Vaccine operations Central Provinces 1868-1885 - 1868-1885
Year: 1868
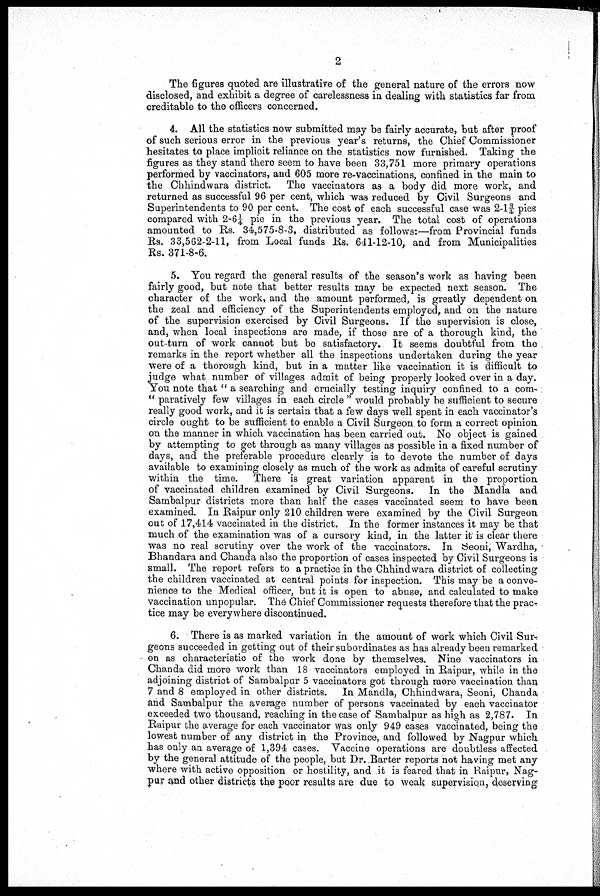
2
The figures quoted are illustrative of the general nature of the errors now
disclosed, and exhibit a degree of carelessness in dealing with statistics far from
creditable to the officers concerned.
4. All the statistics now submitted may be fairly accurate, but after proof
of such serious error in the previous year's returns, the Chief Commissioner
hesitates to place implicit reliance on the statistics now furnished. Taking the
figures as they stand there seem to have been 33,751 more primary operations
performed by vaccinators, and 605 more re-vaccinations, confined in the main to
the Chhindwara district. The vaccinators as a body did more work, and
returned as successful 96 per cent, which was reduced by Civil Surgeons and
Superintendents to 90 per cent. The cost of each successful case was 2-1¾ pies
compared with 2-6¼ pie in the previous year. The total cost of operations
amounted to Rs. 34,575-8-3, distributed as follows:—from Provincial funds
Rs. 33,562-2-11, from Local funds Rs. 641-12-10, and from Municipalities
Rs. 371-8-6.
5. You regard the general results of the season's work as having been
fairly good, but note that better results may be expected next season. The
character of the work, and the amount performed, is greatly dependent on
the zeal and efficiency of the Superintendents employed, and on the nature
of the supervision exercised by Civil Surgeons. If the supervision is close,
and, when local inspections are made, if those are of a thorough kind, the
out-turn of work cannot but be satisfactory. It seems doubtful from the
remarks in the report whether all the inspections undertaken during the year
were of a thorough kind, but in a matter like vaccination it is difficult to
judge what number of villages admit of being properly looked over in a day.
You note that " a searching and crucially testing inquiry confined to a com-
" paratively few villages in each circle " would probably be sufficient to secure
really good work, and it is certain that a few days well spent in each vaccinator's
circle ought to be sufficient to enable a Civil Surgeon to form a correct opinion
on the manner in which vaccination has been carried out. No object is gained
by attempting to get through as many villages as possible in a fixed number of
days, and the preferable procedure clearly is to devote the number of days
available to examining closely as much of the work as admits of careful scrutiny
within the time. There is great variation apparent in the proportion
of vaccinated children examined by Civil Surgeons. In the Mandla and
Sambalpur districts more than half the cases vaccinated seem to have been
examined. In Raipur only 210 children were examined by the Civil Surgeon
out of 17,414 vaccinated in the district. In the former instances it may be that
much of the examination was of a cursory kind, in the latter it is clear there
was no real scrutiny over the work of the vaccinators. In Seoni, Wardha,
Bhandara and Chanda also the proportion of cases inspected by Civil Surgeons is
small. The report refers to a practice in the Chhindwara district of collecting
the children vaccinated at central points for inspection. This may be a conve-
nience to the Medical officer, but it is open to abuse, and calculated to make
vaccination unpopular. The Chief Commissioner requests therefore that the prac-
tice may be everywhere discontinued.
6. There is as marked variation in the amount of work which Civil Sur-
geons succeeded in getting out of their subordinates as has already been remarked
- on as characteristic of the work done by themselves. Nine vaccinators in
Chanda did more work than 18 vaccinators employed in Raipur, while in the
adjoining district of Sambalpur 5 vaccinators got through more vaccination than
7 and 8 employed in other districts. In Mandla, Chhindwara, Seoni, Chanda
and Sambalpur the average number of persons vaccinated by each vaccinator
exceeded two thousand, reaching in the case of Sambalpur as high as 2,787. In
Raipur the average for each vaccinator was only 949 cases vaccinated, being the
lowest number of any district in the Province, and followed by Nagpur which
has only an average of 1,394 cases. Vaccine operations are doubtless affected
by the general attitude of the people, but Dr. Barter reports not having met any
where with active opposition or hostility, and it is feared that in Raipur, Nag-
pur and other districts the poor results are due to weak supervision, deserving